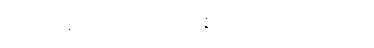
ပတိတေပန၊ ကျသော်ကား။ သမ္ပဇ္ဇိဿတိ၊ ပြည့်စုံလတံ့။ တမ္ပိ၊